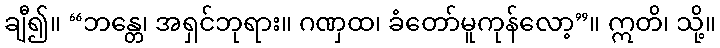
ချီ၍။ “ဘန္တေ၊ အရှင်ဘုရား။ ဂဏှထ၊ ခံတော်မူကုန်လော့”။ ဣတိ၊ သို့။